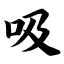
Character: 吸